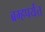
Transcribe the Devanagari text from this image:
ब्रम्हपर्यंत